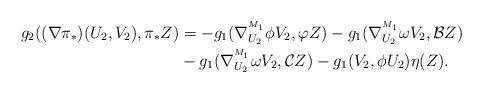
LaTeX: \begin{align*}g_{2}((\nabla\pi_*)(U_{2},V_{2}),\pi_*Z) &=-g_{1}(\nabla^{^{M_1}}_{U_{2}}\phi V_{2},\varphi Z)-g_{1}(\nabla^{^{M_1}}_{U_{2}}\omega V_{2},\mathcal{B}Z)\\&-g_{1}(\nabla^{^{M_1}}_{U_{2}}\omega V_{2},\mathcal{C}Z)-g_{1}(V_{2},\phi U_{2})\eta(Z).\end{align*}